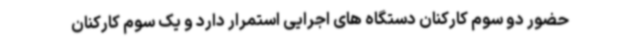
حضور دو سوم کارکنان دستگاه های اجرایی استمرار دارد و یک سوم کارکنان